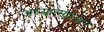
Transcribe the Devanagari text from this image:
अध्यात्माध्यान